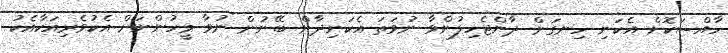
ހާއްސަކޮށް އެކަނި ހިނގަން ދާންޖެހިލުންވާ ނުވަތަ އެކަނިދާން ބޭނުން ނުވާ މީހުންނަށް އެކުވެރިއަކާއެކު